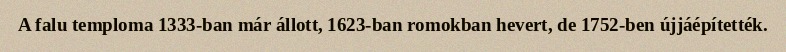
A falu temploma 1333-ban már állott, 1623-ban romokban hevert, de 1752-ben újjáépítették.